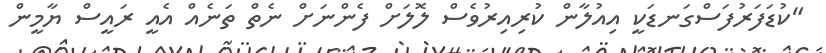
"ކުޑަފަރުފަސްގަނޑަކީ އިއުލާން ކުރިއިރުވެސް ލޮލަށް ފެންނަށް ނެތް ތަނެއް އެއީ ރައީސް ޔާމީން